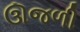
ઊજળી